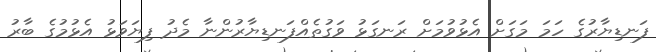
ފަނޑިޔާރުގެ ހަމަ މަގަށް އެޅުވުމަށް ރަނގަޅު ވަގުތެއްފަނޑިޔާރުންނާ މެދު ފިޔަވަޅު އެޅުމުގެ ބާރު